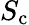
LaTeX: S_{\mathrm{c}}